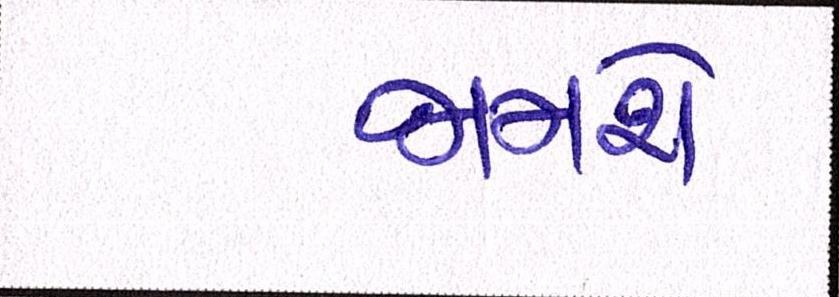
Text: જામશે